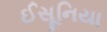
ઈસૂનિયા